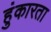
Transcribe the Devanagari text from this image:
हुंकारता